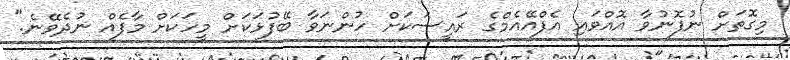
މިގޮތަށް ނުފޮނުވާ އޮއްވައި އެފްއޭއެމްގެ ރައީސަކަށް ހުންނަވާ ބޭފުޅަކަށް މީހަކަށް މާފެއް ނުދެވޭނެ."